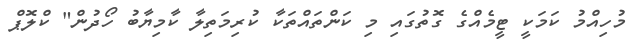
މުހިއްމު ކަމަކީ ޓީމެއްގެ ގޮތުގައި މި ކަންތައްތަކާ ކުރިމަތިލާ ކާމިޔާބު ހޯދުން" ކްލޮޕް